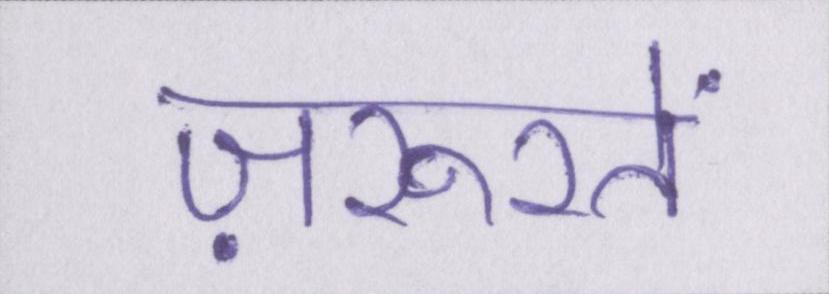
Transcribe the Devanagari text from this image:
ज़रूरतें